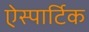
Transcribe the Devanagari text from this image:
ऐस्पार्टिक